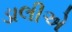
ડાલીએ